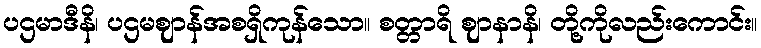
ပဌမာဒီနိ၊ ပဌမဈာန်အစရှိကုန်သော။ စတ္တာရိ ဈာနာနိ၊ တို့ကိုလည်းကောင်း။